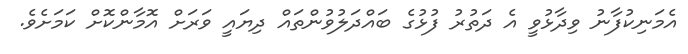
އެމަނިކުފާނު ވިދާޅުވީ އެ ދަތުރު ފުޅުގެ ބައްދަލުވުންތައް ދިޔައީ ވަރަށް އޮމާންކޮށް ކަމަށެވެ.